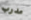
مدرب